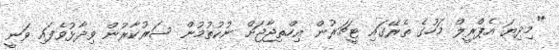
"މިދިޔަ އެޕްރީލް މަހުގެ ތެރޭގައި ޓީޗަރުން އިހްތިޖާޖަށް ނުކުތުމުން ސަރުކާރުން ވިދާޅުވެފައި ވަނީ